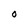
Character: O